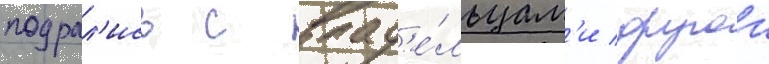
подрал'ись с влад'е́льцам'и другои